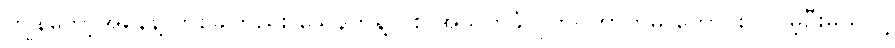
ကျွန်တော့်အနေနဲ့ တစ်ခါတည်း သေနတ်နဲ့ ပစ် အသတ်ခံလိုက်ရတာကမှ ကောင်းပါလိမ့်ဦးမယ်လို့